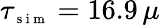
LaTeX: \tau_{\scriptsize{\mathrm{~s~i~m~}}}=16.9\, \mu